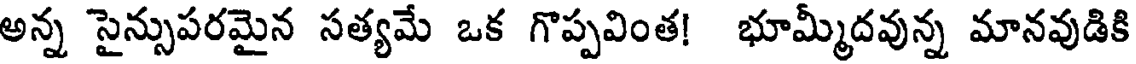
అన్న సైన్సుపరమైన సత్యమే ఒక గొప్పవింత! భూమ్మీదవున్న మానవుడికి